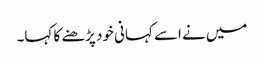
میں نے اسے کہانی خود پڑھنے کا کہا۔